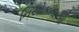
નિયોકતાઓ